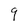
Character: 9